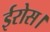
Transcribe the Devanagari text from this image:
ईरोस।